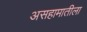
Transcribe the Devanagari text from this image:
असहामातीला